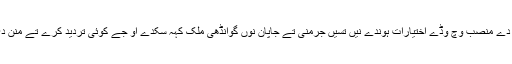
وزارت عظمیٰ دے منصب وچ وڈے اختیارات ہوندے نیں تسیں جرمنی تے جاپان نوں گوانڈھی ملک کہہ سکدے او جے کوئی تردید کرے تے منن دی کیہ لوڑ اے؟